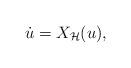
LaTeX: \begin{align*}\dot{u}=X_{\mathcal{H}}(u),\end{align*}